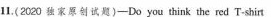
11.(2020 独家原创试题)——Do you think the red T-shit